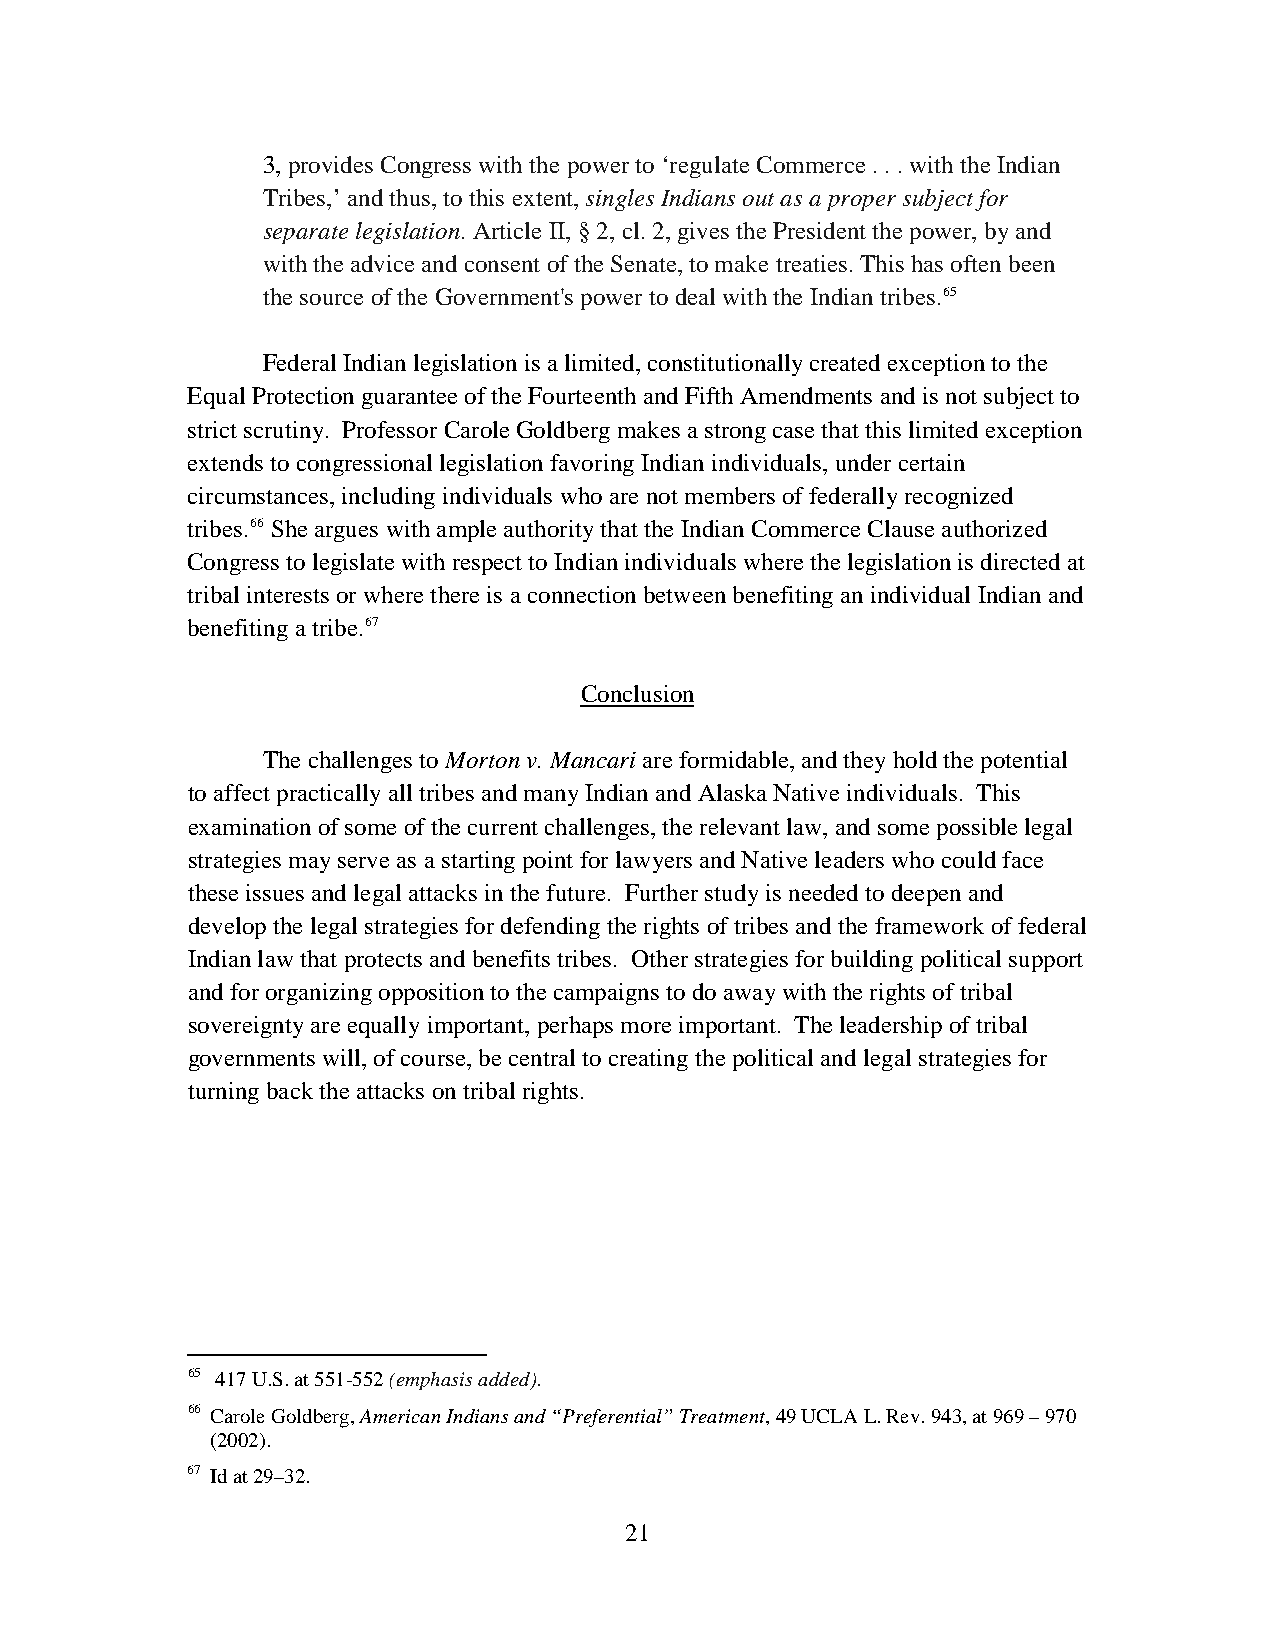
3, provides Congress with the power to ‘regulate Commerce . . . with the Indian
 Tribes,’ and thus, to this extent, singles Indians out as a proper subject for
 separate legislation. Article II, § 2, cl. 2, gives the President the power, by and
 with the advice and consent of the Senate, to make treaties. This has often been
 the source of the Government's power to deal with the Indian tribes.65
 Federal Indian legislation is a limited, constitutionally created exception to the
 Equal Protection guarantee of the Fourteenth and Fifth Amendments and is not subject to
 strict scrutiny. Professor Carole Goldberg makes a strong case that this limited exception
 extends to congressional legislation favoring Indian individuals, under certain
 circumstances, including individuals who are not members of federally recognized
 tribes.66 She argues with ample authority that the Indian Commerce Clause authorized
 Congress to legislate with respect to Indian individuals where the legislation is directed at
 tribal interests or where there is a connection between benefiting an individual Indian and
 benefiting a tribe.67
 Conclusion
 The challenges to Morton v. Mancari are formidable, and they hold the potential
 to affect practically all tribes and many Indian and Alaska Native individuals. This
 examination of some of the current challenges, the relevant law, and some possible legal
 strategies may serve as a starting point for lawyers and Native leaders who could face
 these issues and legal attacks in the future. Further study is needed to deepen and
 develop the legal strategies for defending the rights of tribes and the framework of federal
 Indian law that protects and benefits tribes. Other strategies for building political support
 and for organizing opposition to the campaigns to do away with the rights of tribal
 sovereignty are equally important, perhaps more important. The leadership of tribal
 governments will, of course, be central to creating the political and legal strategies for
 turning back the attacks on tribal rights.
 65 417 U.S. at 551-552 (emphasis added).
 66 Carole Goldberg, American Indians and “Preferential” Treatment, 49 UCLA L. Rev. 943, at 969 – 970
 (2002).
 67 Id at 29–32.
 21